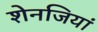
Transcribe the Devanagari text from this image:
शेनजियां